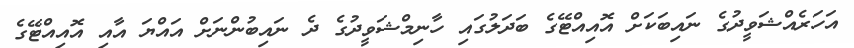
އަހަރެއްޝަވީދުގެ ނައިބަކަށް އޮއިއްޓޭގެ ބަދަލުގައި ހާނިމްޝަވީދުގެ ދެ ނައިބުންނަށް އައްޔަ އާއި އޮއިއްޓޭގެ